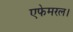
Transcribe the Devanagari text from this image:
एफेमरल।